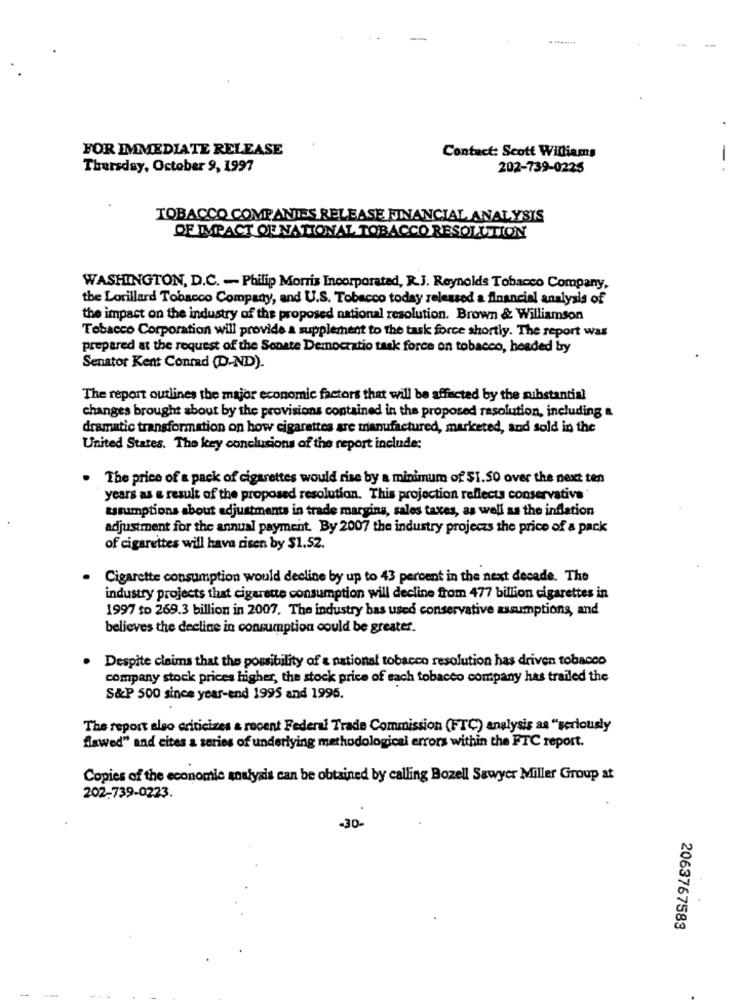
FOR IMMEDIATE RELEASE
Contact: Scott Williams
Thursday, October 9, 1997
202-739-0225
TOBACCO COMPANIES RELEASE FINANCIAL ANALYSIS
OF IMPACT OF NATIONAL TOBACCO RESOLUTION
WASHINGTON, D.C. - Philip Morris Incorporated, R.J. Reynolds Tobacco Company,
the Lorillard Tobacco Company, and U.S. Tobacco today released a financial analysis of
the impact on the industry of the proposed national resolution. Brown & Williamson
Tobacco Corporation will provide a supplement to the task force shortly. The report was
prepared at the request of the Senate Democratio task force on tobacco, headed by
Senator Kent Conrad (D-ND).
The report outlines the major economic factors that will be affected by the substantial
changes brought about by the provisions contained in the proposed resolution, including a
dramatic transformation on how cigarettes are manufactured, marketed, and sold in the
United States. The key conclusions of the report include:
. The price of a pack of cigarettes would rise by a minimum of $1.50 over the next ten
years as a result of the proposed resolution. This projection reflects conservative
assumptions about adjustments in trade margins, sales taxes, as well as the inflation
adjustment for the annual payment. By 2007 the industry projeczs the price of a pack
of cigarettes will have risen by $1.52.
Cigarette consumption would decline by up to 43 percent in the next decade. The
industry projects that cigarette consumption will decline from 477 billion cigarettes in
1997 to 269.3 billion in 2007. The industry bas used conservative assumptions, and
believes the decline in consumption could be greater.
Despite claims that the possibility of a national tobacco resolution has driven tobacco
company stock prices higher, the stock price of each tobacco company has trailed the
S&P 500 since year-end 1995 and 1995.
The report also criticizes a recent Federal Trade Commission (FTC) analysis as "seriously
flawed" and cites a series of underlying methodological errors within the FTC report.
Copies of the economic analysis can be obtained by calling Bozell Sawyer Miller Group at
202-739-0223.
-30
2063767583